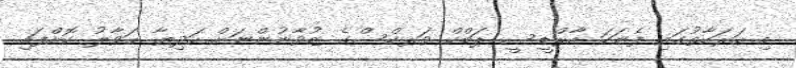
މި ހަރަކާތުގައި ފެނަކަ އާރްޑީސީ ޕަބްކް ވަރކްސްގެ ޒުވާނުންނަށް ހަދިޔާ ޙަވާލު ކޮށްފައި